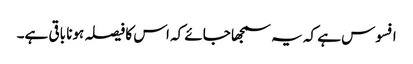
افسوس ہے کہ یہ سمجھا جائے کہ اس کا فیصلہ ہونا باقی ہے۔